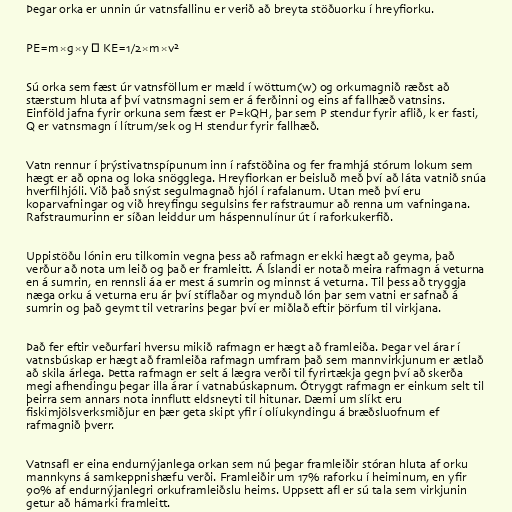
Þegar orka er unnin úr vatnsfallinu er verið að breyta stöðuorku í hreyfiorku.

PE=m×g×y → KE=1/2×m×v²

Sú orka sem fæst úr vatnsföllum er mæld í wöttum(w) og orkumagnið ræðst að
stærstum hluta af því vatnsmagni sem er á ferðinni og eins af fallhæð vatnsins.
Einföld jafna fyrir orkuna sem fæst er P=kQH, þar sem P stendur fyrir aflið, k er fasti,
Q er vatnsmagn í lítrum/sek og H stendur fyrir fallhæð.

Vatn rennur í þrýstivatnspípunum inn í rafstöðina og fer framhjá stórum lokum sem
hægt er að opna og loka snögglega. Hreyfiorkan er beisluð með því að láta vatnið snúa
hverfilhjóli. Við það snýst segulmagnað hjól í rafalanum. Utan með því eru
koparvafningar og við hreyfingu segulsins fer rafstraumur að renna um vafningana.
Rafstraumurinn er síðan leiddur um háspennulínur út í raforkukerfið.

Uppistöðu lónin eru tilkomin vegna þess að rafmagn er ekki hægt að geyma, það
verður að nota um leið og það er framleitt. Á Íslandi er notað meira rafmagn á veturna
en á sumrin, en rennsli áa er mest á sumrin og minnst á veturna. Til þess að tryggja
næga orku á veturna eru ár því stíflaðar og mynduð lón þar sem vatni er safnað á
sumrin og það geymt til vetrarins þegar því er miðlað eftir þörfum til virkjana.

Það fer eftir veðurfari hversu mikið rafmagn er hægt að framleiða. Þegar vel árar í
vatnsbúskap er hægt að framleiða rafmagn umfram það sem mannvirkjunum er ætlað
að skila árlega. Þetta rafmagn er selt á lægra verði til fyrirtækja gegn því að skerða
megi afhendingu þegar illa árar í vatnabúskapnum. Ótryggt rafmagn er einkum selt til
þeirra sem annars nota innflutt eldsneyti til hitunar. Dæmi um slíkt eru
fiskimjölsverksmiðjur en þær geta skipt yfir í olíukyndingu á bræðsluofnum ef
rafmagnið þverr.

Vatnsafl er eina endurnýjanlega orkan sem nú þegar framleiðir stóran hluta af orku
mannkyns á samkeppnishæfu verði. Framleiðir um 17% raforku í heiminum, en yfir
90% af endurnýjanlegri orkuframleiðslu heims. Uppsett afl er sú tala sem virkjunin
getur að hámarki framleitt.